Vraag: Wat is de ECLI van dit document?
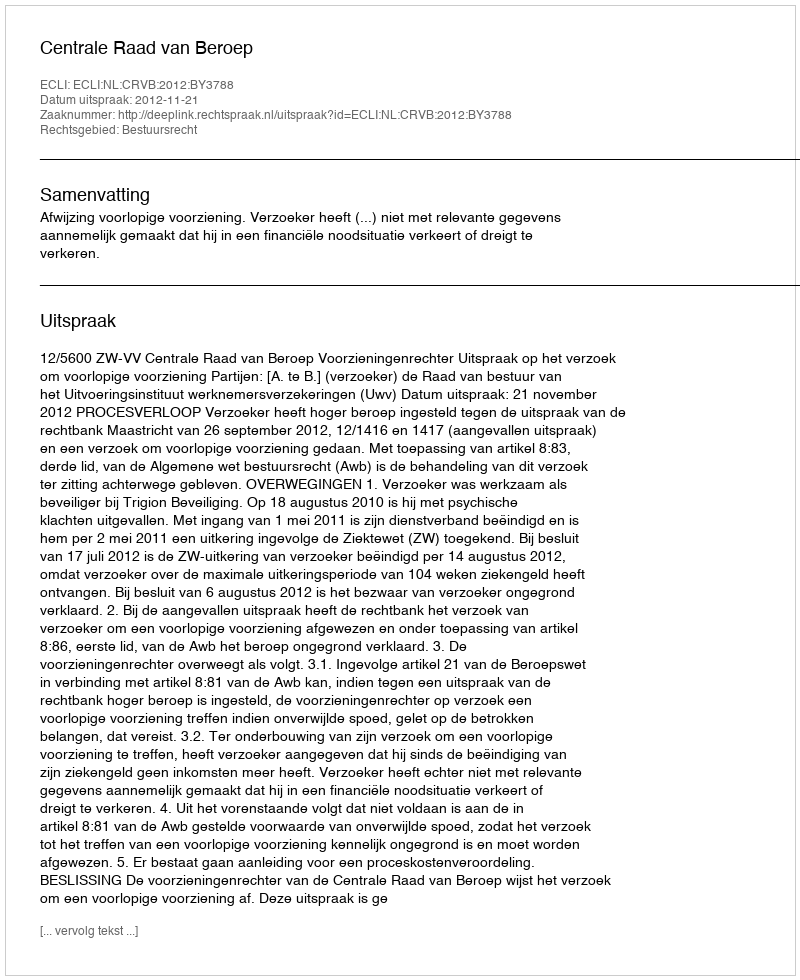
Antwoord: ECLI:NL:CRVB:2012:BY3788